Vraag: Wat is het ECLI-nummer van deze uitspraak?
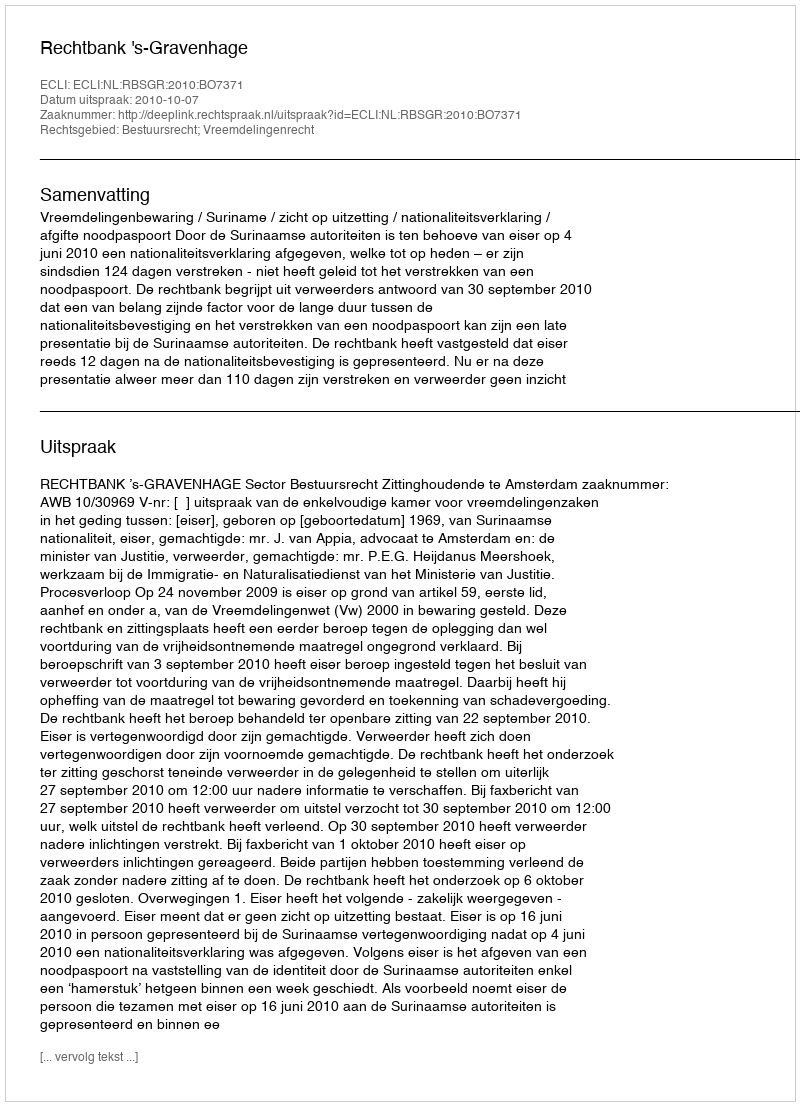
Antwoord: ECLI:NL:RBSGR:2010:BO7371